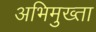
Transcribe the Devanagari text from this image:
अभिमुख्ता